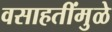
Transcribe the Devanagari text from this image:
वसाहतींमुळे